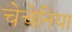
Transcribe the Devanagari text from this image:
चेचेनिया